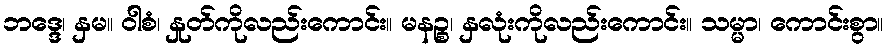
ဘဒ္ဒေ၊ နှမ။ ဝါစံ၊ နှုတ်ကိုလည်းကောင်း။ မနဉ္စ၊ နှလုံးကိုလည်းကောင်း။ သမ္မာ၊ ကောင်းစွာ။